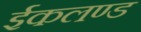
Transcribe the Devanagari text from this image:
ईकलण्ड